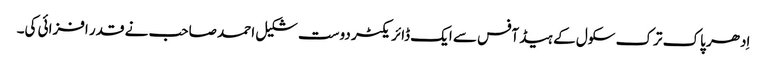
اِدھر پاک ترک سکول کے ہیڈ آفس سے ایک ڈائریکٹر دوست شکیل احمد صاحب نے قدر افزائی کی۔